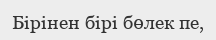
Бірінен бірі бөлек пе,